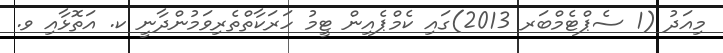
މިއަދު (1 ސެޕްޓެމްބަރ 2013)ގައި ކެމްޕެއިން ޓީމު ހަރަކާތްތެރިވަމުންދާނީ ކ. އަތޮޅާއި ވ.